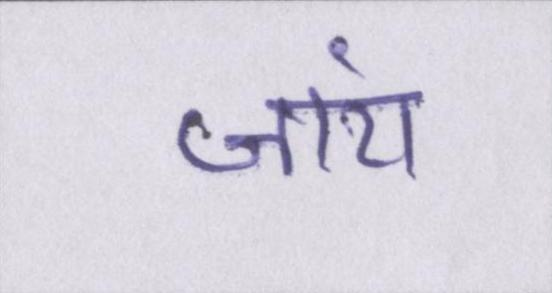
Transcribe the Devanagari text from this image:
जांय